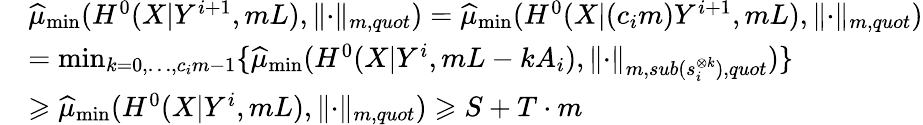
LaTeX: \begin{array}{rl}&{\widehat{\mu}_{\operatorname*{min}}(H^{0}(X|Y^{i+1},mL),\lVert\cdot\rVert_{m,quot})=\widehat{\mu}_{\operatorname*{min}}(H^{0}(X|(c_{i}m)Y^{i+1},mL),\lVert\cdot\rVert_{m,quot})}\\ &{=\operatorname*{min}_{k=0,\dots,c_{i}m-1}\{ \widehat{\mu}_{\operatorname*{min}}(H^{0}(X|Y^{i},mL-kA_{i}),\lVert\cdot\rVert_{m,sub(s_{i}^{\otimes k}),quot})\} }\\ &{\geqslant\widehat{\mu}_{\operatorname*{min}}(H^{0}(X|Y^{i},mL),\lVert\cdot\rVert_{m,quot})\geqslant S+T\cdot m}\end{array}